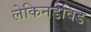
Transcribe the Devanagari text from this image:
लेकिनडेविड